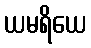
ယမရိယေ